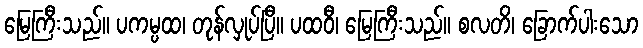
မြေကြီးသည်။ ပကမ္ပထ၊ တုန်လှုပ်ပြီ။ ပထဝီ၊ မြေကြီးသည်။ စလတိ၊ ခြောက်ပါးသော